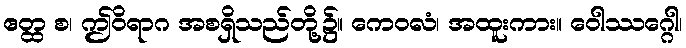
ဧတ္ထ စ၊ ဤဝိရာဂ အစရှိသည်တို့၌။ ကေဝလံ၊ အထူးကား။ ဝေါဿဂ္ဂေါ၊